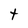
Character: t